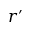
r ^ { \prime }